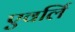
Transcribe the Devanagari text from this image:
एवर्लि